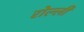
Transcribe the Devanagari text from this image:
रोल्ली